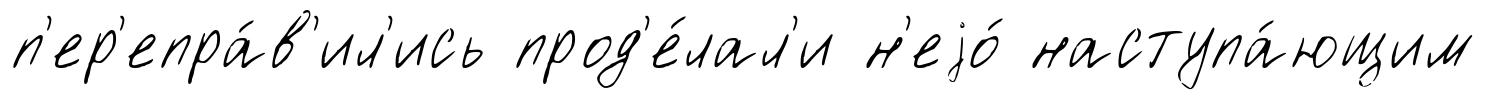
п'ер'епра́в'ил'ись прод'е́лал'и н'еjо́ наступа́ющим